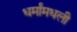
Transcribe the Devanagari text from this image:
धर्मांमधली